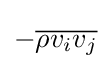
-{\overline {\rho v_{i}v_{j}}}